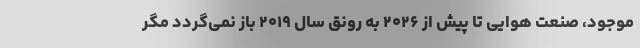
موجود، صنعت هوایی تا پیش از ۲۰۲۶ به رونق سال ۲۰۱۹ باز نمی‌گردد مگر